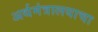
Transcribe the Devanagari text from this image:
अर्थमंत्रालयाचा